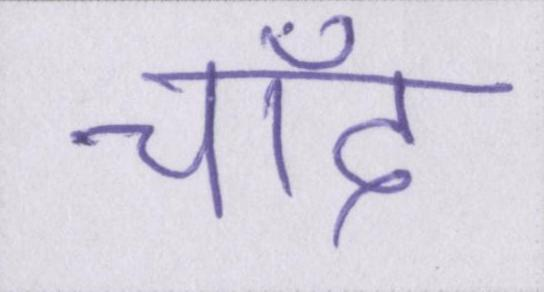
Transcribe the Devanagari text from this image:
चाँद